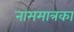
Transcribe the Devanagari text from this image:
नाममात्रका